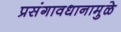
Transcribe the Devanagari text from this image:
प्रसंगावधानामुळे